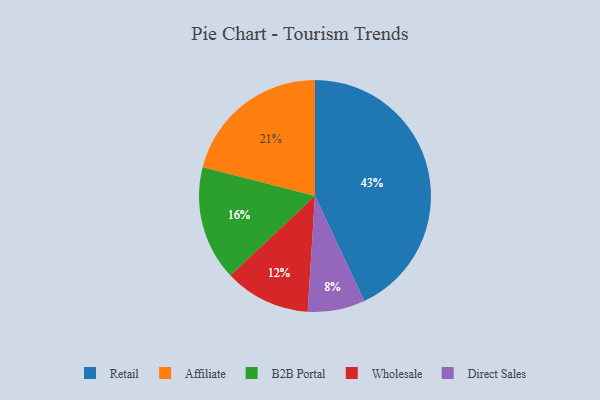
{"axis": {"x": "Category", "y": "Percentage"}, "legend": ["Affiliate", "B2B Portal", "Direct Sales", "Retail", "Wholesale"], "data": [{"x": "Retail", "y": 43, "type": "Retail"}, {"x": "B2B Portal", "y": 16, "type": "B2B Portal"}, {"x": "Wholesale", "y": 12, "type": "Wholesale"}, {"x": "Affiliate", "y": 21, "type": "Affiliate"}, {"x": "Direct Sales", "y": 8, "type": "Direct Sales"}]}